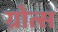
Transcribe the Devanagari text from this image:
ग्रोत्स